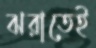
ঝরাতেই